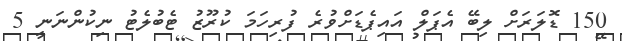
150 ޑޮލަރަށް ލިބޭ އެޕަލް އައިޕެޑަށްވުރެ ފުރިހަމަ ކުރޫޒު ޓެބުލެޓު ނިކުންނަނީ 5